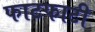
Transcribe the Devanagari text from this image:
फाटफाटी